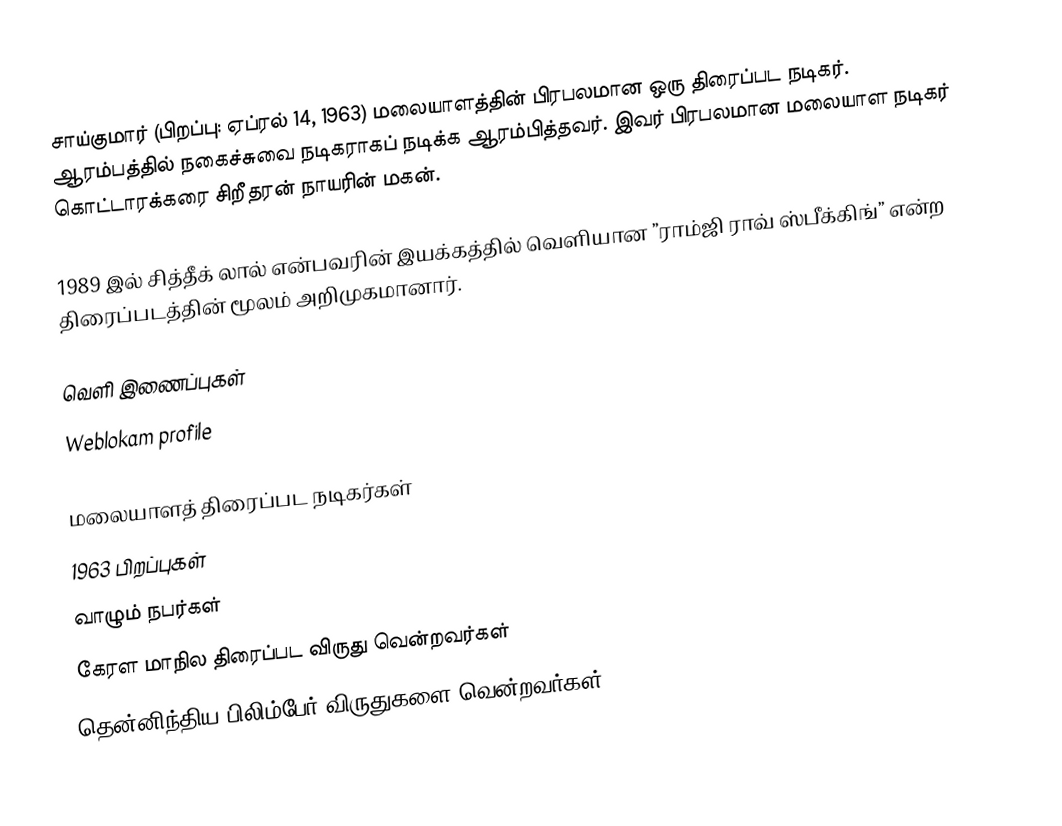
சாய்குமார் (பிறப்பு: ஏப்ரல் 14, 1963) மலையாளத்தின் பிரபலமான ஒரு திரைப்பட நடிகர். ஆரம்பத்தில் நகைச்சுவை நடிகராகப் நடிக்க ஆரம்பித்தவர். இவர் பிரபலமான மலையாள நடிகர் கொட்டாரக்கரை சிறீதரன் நாயரின் மகன்.

1989 இல் சித்தீக் லால் என்பவரின் இயக்கத்தில் வெளியான ”ராம்ஜி ராவ் ஸ்பீக்கிங்” என்ற திரைப்படத்தின் மூலம் அறிமுகமானார்.

வெளி இணைப்புகள்
Weblokam profile

மலையாளத் திரைப்பட நடிகர்கள்
1963 பிறப்புகள்
வாழும் நபர்கள்
கேரள மாநில திரைப்பட விருது வென்றவர்கள்
தென்னிந்திய பிலிம்பேர் விருதுகளை வென்றவர்கள்